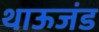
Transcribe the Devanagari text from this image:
थाऊजंड